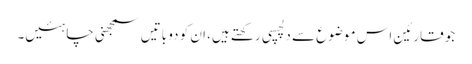
جو قارئین اس موضوع سے دلچسپی رکھتے ہیں، ان کو دو باتیں سمجھنی چاہئیں۔